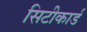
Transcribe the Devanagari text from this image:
सिटीकार्ड